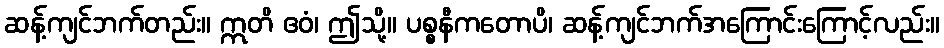
ဆန့်ကျင်ဘက်တည်း။ ဣတိ ဧဝံ၊ ဤသို့။ ပစ္စနီကတောပိ၊ ဆန့်ကျင်ဘက်အကြောင်းကြောင့်လည်း။